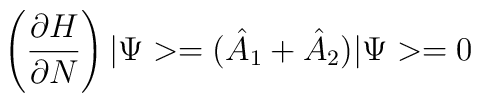
\left(\frac{\partial H}{\partial N}\right) |\Psi> = ( \hat{A}_{1} +\hat{A}_{2} ) |\Psi> = 0